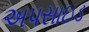
અપસાઇડ